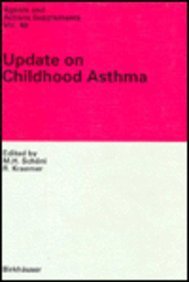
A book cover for Update on Childhood Asthma (Agents and Actions Supplements); Sergey Edward Lyshevski; Health, Fitness & Dieting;